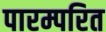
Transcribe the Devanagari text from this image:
पारम्परित